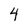
Character: 4